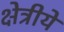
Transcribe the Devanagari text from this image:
क्षेत्रीये